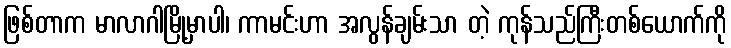
ဖြစ်တာက မာလာဂါမြို့မှာပါ၊ ကာမင်းဟာ အလွန်ချမ်းသာ တဲ့ ကုန်သည်ကြီးတစ်ယောက်ကို